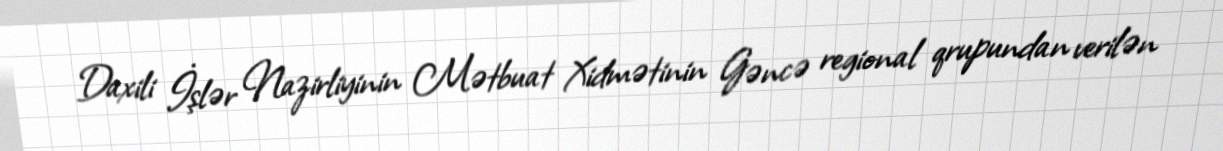
Daxili İşlər Nazirliyinin Mətbuat Xidmətinin Gəncə regional qrupundan verilən